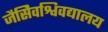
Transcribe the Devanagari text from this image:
जैसेिवश्विवद्यालय